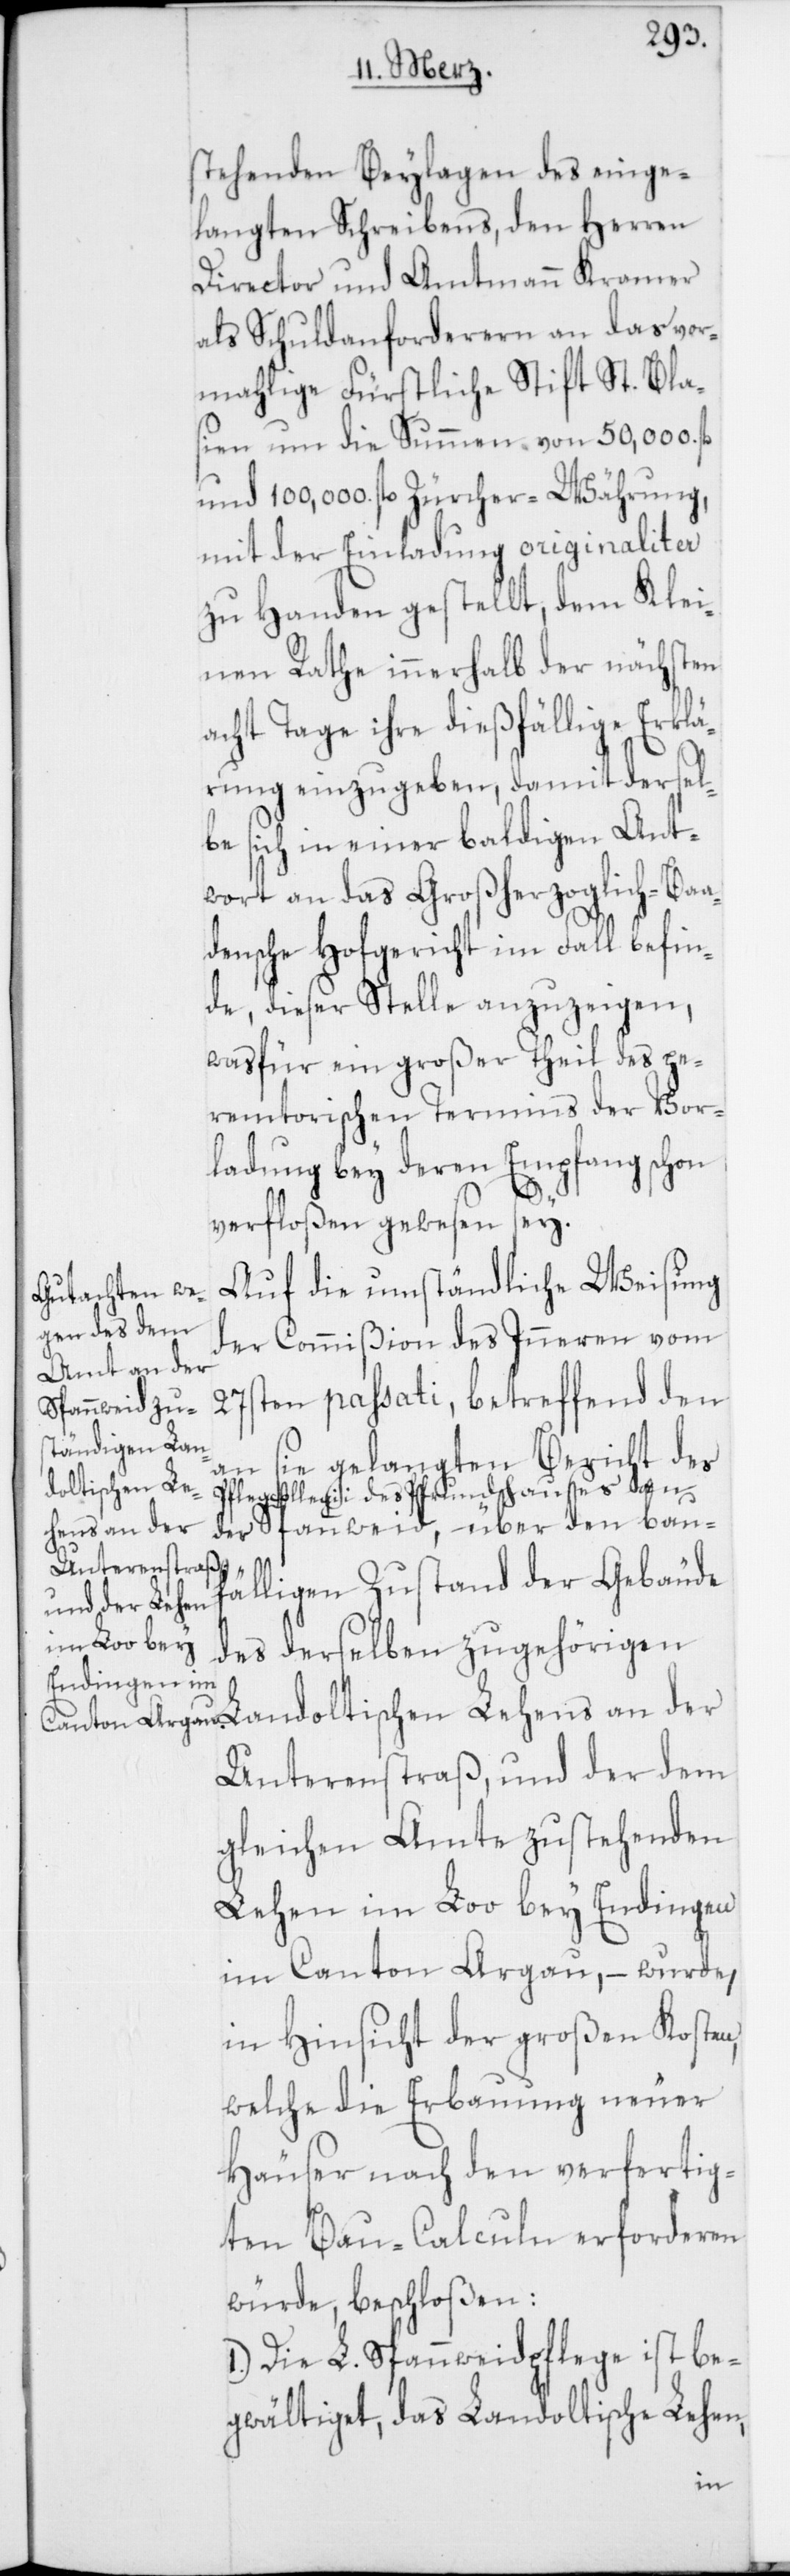
stehenden Beylagen des einge¬
langten Schreibens, den Herren
Director und Amtmann Kramer
als Schuldanforderern an das vor¬
mahlige Fürstliche Stift St. Bla¬
sien um die Summen von 50,000. fl.
und 100,000. fl. Zürcher-Währung,
mit der Einladung originaliter
zu Handen gestellt, dem Klei¬
nen Rathe innerhalb der nächsten
acht Tage ihre dießfällige Erklä¬
rung einzugeben, damit dersel¬
be sich in einer baldigen Ant¬
wort an das Großherzoglich-Baa¬
densche Hofgericht im Fall befin¬
de, dieser Stelle anzuzeigen,
was für ein großer Theil des pe¬
remtorischen Termins der Vor¬
ladung bey deren Empfang schon
verfloßen gewesen sey.
Auf die umständliche Weisung
der Commißion des innern vom
27sten passati, betreffend den
an sie gelangten Bericht des
doltischen Le¬
Pflegcollegii des Pfrundhauses an
der Spannweid, über den bau¬
hens an der
fälligen Zustand der Gebäude
des derselben zugehörigen
Unterenstraß, und der dem
gleichen Amte zustehenden
Lehen im Loo bey Endingen
im Canton Aargau, – wurde,
in Hinsicht der großen Kosten,
welche die Erbauung neuer
Häuser nach den verfertig¬
ten Bau-Calculn erforderen
würde, beschloßen:
Die L. Spannweidpflege ist be¬
gwältiget, das Landoltische Lehen,
Lan¬